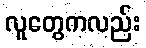
လူတွေကလည်း